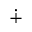
\dotplus